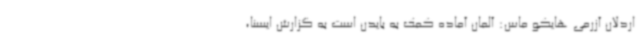
اردلان آزرمی هایکو ماس: آلمان آماده کمک به بایدن است به گزارش ایسنا،